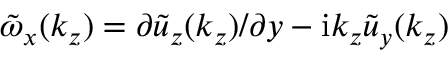
\tilde { \omega } _ { x } ( k _ { z } ) = \partial \tilde { u } _ { z } ( k _ { z } ) / \partial y - \mathrm { i } k _ { z } \tilde { u } _ { y } ( k _ { z } )